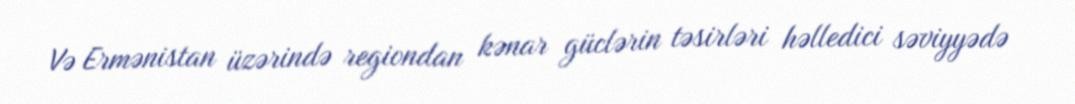
Və Ermənistan üzərində regiondan kənar güclərin təsirləri həlledici səviyyədə